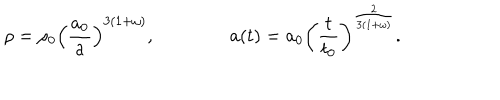
LaTeX: \rho = \rho _ { 0 } \left( { \frac { a _ { 0 } } { a } } \right) ^ { 3 ( 1 + \omega ) } , \qquad \qquad a ( t ) = a _ { 0 } \left( { \frac { t } { t _ { 0 } } } \right) ^ { { \frac { 2 } { 3 ( 1 + \omega ) } } } .